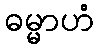
ဓမ္မာဟံ